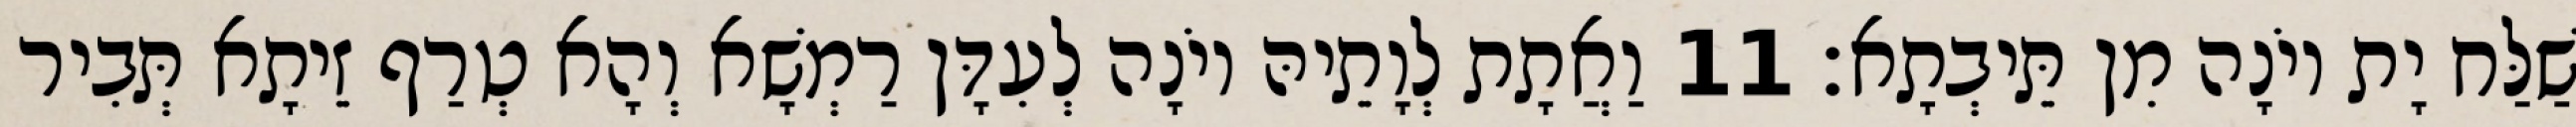
שַׁלַּח יָת יוֹנָה מִן תֵּיבְתָא׃ 11 וַאֲתָת לְוָתֵיהּ יוֹנָה לְעִדָּן רַמְשָׁא וְהָא טְרַף זֵיתָא תְּבִיר